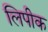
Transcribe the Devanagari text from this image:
लिपीक